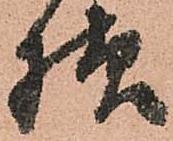
様